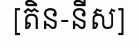
[តិន-នីស]